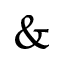
\&